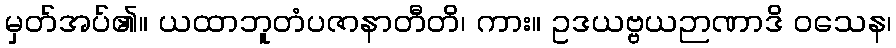
မှတ်အပ်၏။ ယထာဘူတံပဇာနာတီတိ၊ ကား။ ဥဒယဗ္ဗယဉာဏာဒိ ဝသေန၊